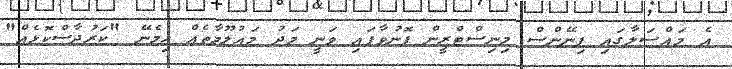
އެ މައްސަލާގައި ފިނޭންސް މިނިސްޓްރީން ފޮނުވާފައި ވަނީ މަދު މައުލޫމާތެއް ހިމެނޭ "ކަރުދާސްކޮޅެއް"